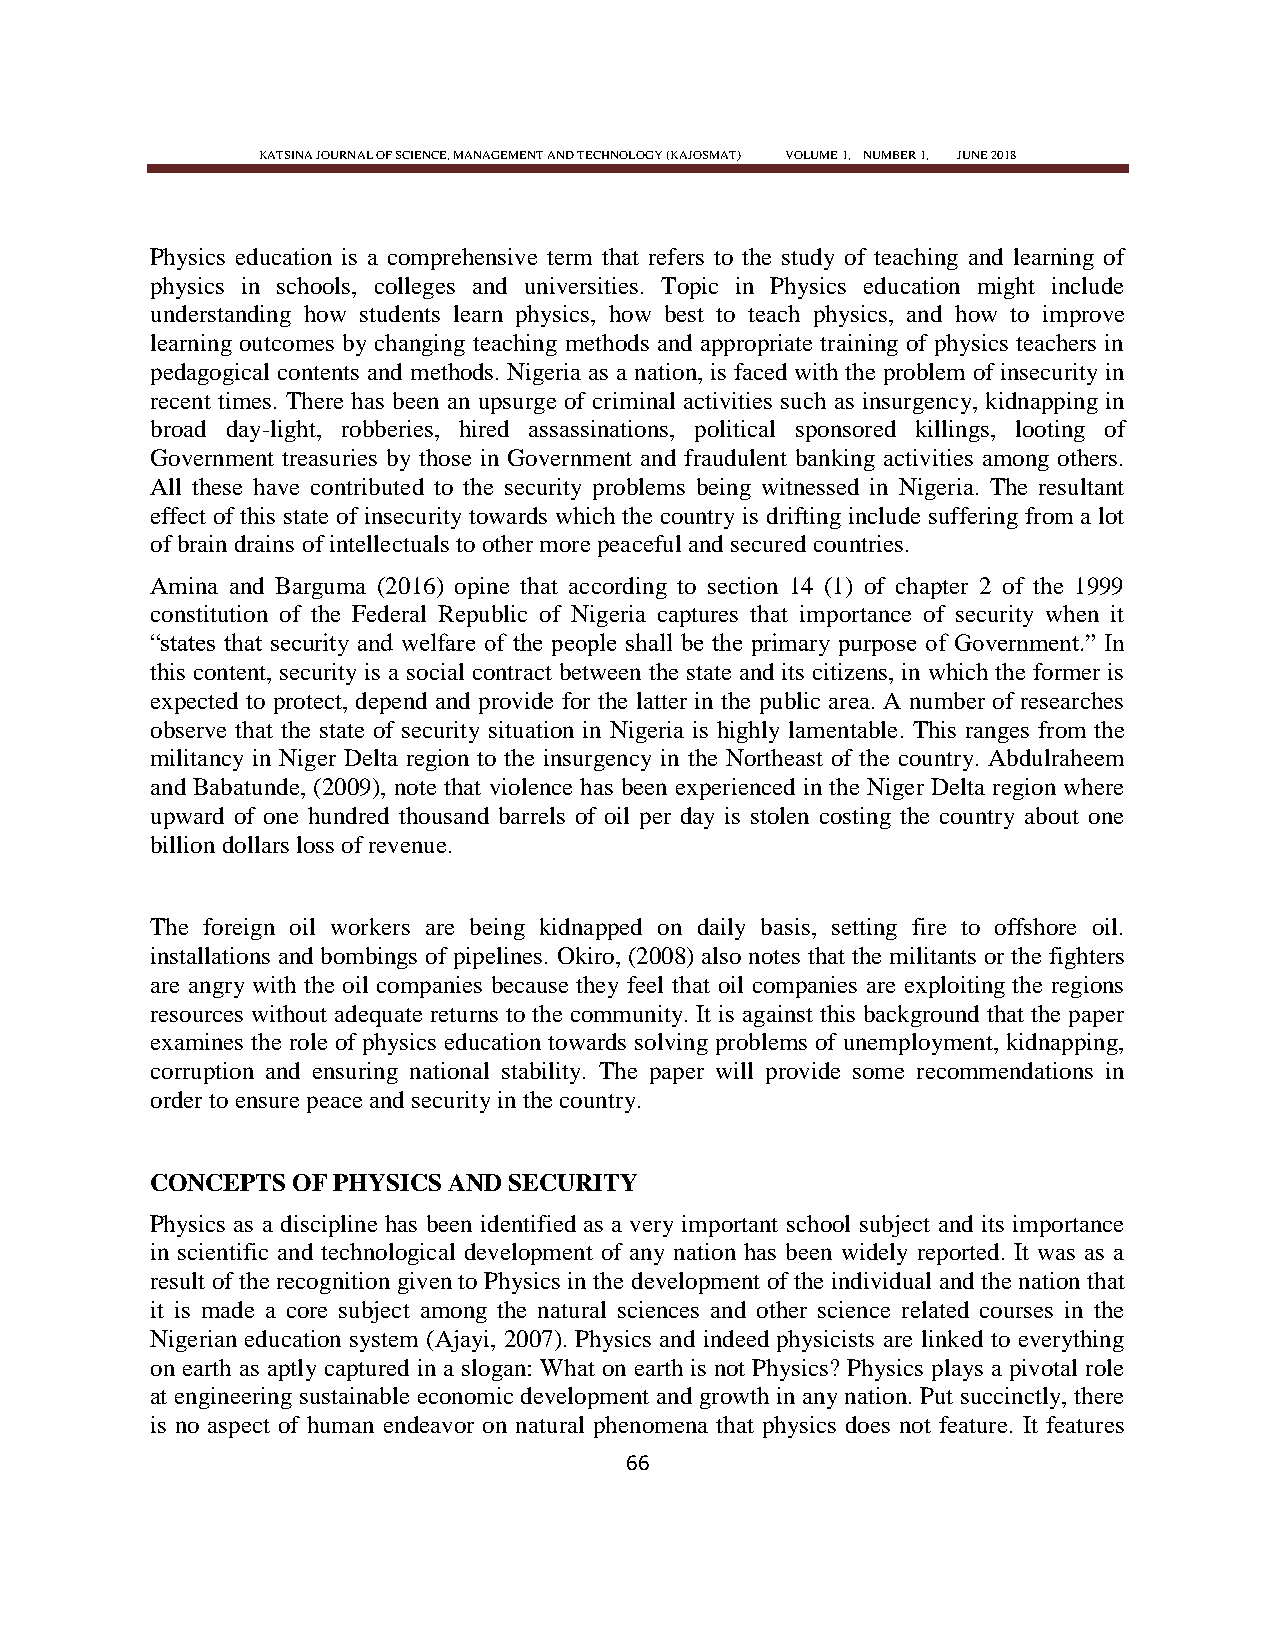
KATSINA JOURNAL OF SCIENCE, MANAGEMENT AND TECHNOLOGY (KAJOSMAT) VOLUME 1, NUMBER 1, JUNE 2018
 Physics education is a comprehensive term that refers to the study of teaching and learning of
 physics in schools, colleges and universities. Topic in Physics education might include
 understanding how students learn physics, how best to teach physics, and how to improve
 learning outcomes by changing teaching methods and appropriate training of physics teachers in
 pedagogical contents and methods. Nigeria as a nation, is faced with the problem of insecurity in
 recent times. There has been an upsurge of criminal activities such as insurgency, kidnapping in
 broad day-light, robberies, hired assassinations, political sponsored killings, looting of
 Government treasuries by those in Government and fraudulent banking activities among others.
 All these have contributed to the security problems being witnessed in Nigeria. The resultant
 effect of this state of insecurity towards which the country is drifting include suffering from a lot
 of brain drains of intellectuals to other more peaceful and secured countries.
 Amina and Barguma (2016) opine that according to section 14 (1) of chapter 2 of the 1999
 constitution of the Federal Republic of Nigeria captures that importance of security when it
 ―states that security and welfare of the people shall be the primary purpose of Government.‖ In
 this content, security is a social contract between the state and its citizens, in which the former is
 expected to protect, depend and provide for the latter in the public area. A number of researches
 observe that the state of security situation in Nigeria is highly lamentable. This ranges from the
 militancy in Niger Delta region to the insurgency in the Northeast of the country. Abdulraheem
 and Babatunde, (2009), note that violence has been experienced in the Niger Delta region where
 upward of one hundred thousand barrels of oil per day is stolen costing the country about one
 billion dollars loss of revenue.
 The foreign oil workers are being kidnapped on daily basis, setting fire to offshore oil.
 installations and bombings of pipelines. Okiro, (2008) also notes that the militants or the fighters
 are angry with the oil companies because they feel that oil companies are exploiting the regions
 resources without adequate returns to the community. It is against this background that the paper
 examines the role of physics education towards solving problems of unemployment, kidnapping,
 corruption and ensuring national stability. The paper will provide some recommendations in
 order to ensure peace and security in the country.
 CONCEPTS OF PHYSICS AND SECURITY
 Physics as a discipline has been identified as a very important school subject and its importance
 in scientific and technological development of any nation has been widely reported. It was as a
 result of the recognition given to Physics in the development of the individual and the nation that
 it is made a core subject among the natural sciences and other science related courses in the
 Nigerian education system (Ajayi, 2007). Physics and indeed physicists are linked to everything
 on earth as aptly captured in a slogan: What on earth is not Physics? Physics plays a pivotal role
 at engineering sustainable economic development and growth in any nation. Put succinctly, there
 is no aspect of human endeavor on natural phenomena that physics does not feature. It features
 66